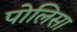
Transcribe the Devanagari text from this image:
पोलिसा